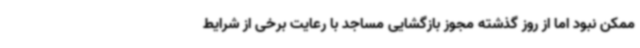
ممکن نبود اما از روز گذشته مجوز بازگشایی مساجد با رعایت برخی از شرایط